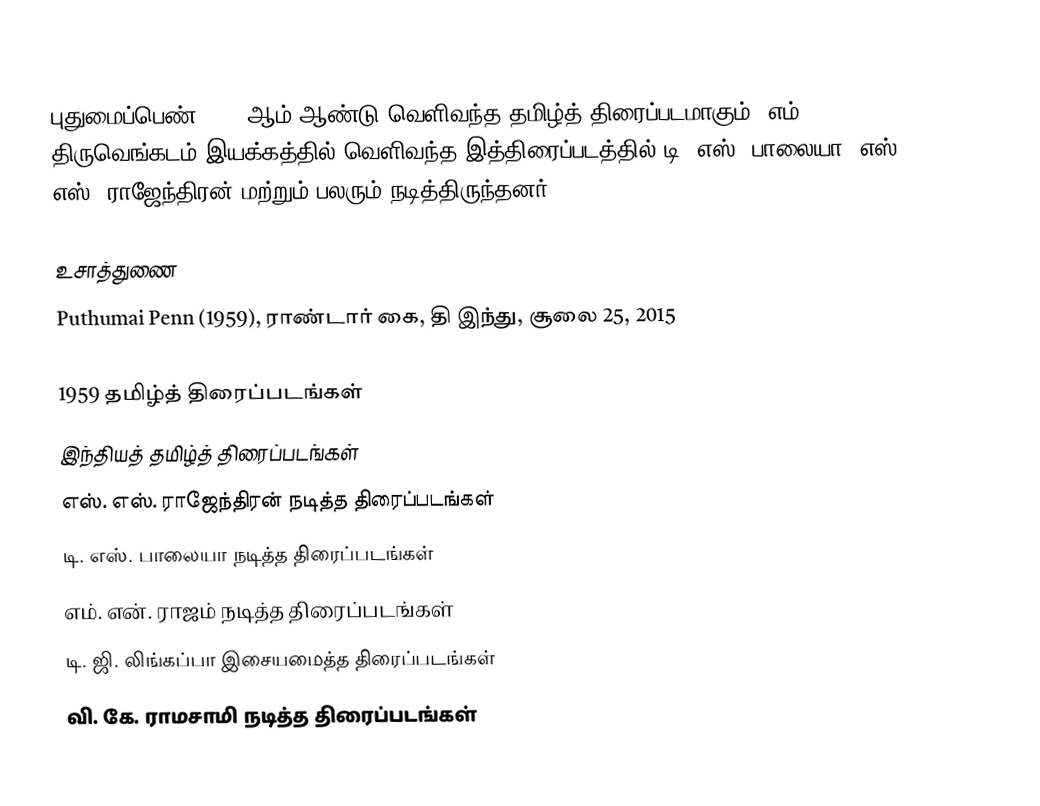
புதுமைப்பெண் 1959 ஆம் ஆண்டு வெளிவந்த தமிழ்த் திரைப்படமாகும். எம். திருவெங்கடம் இயக்கத்தில் வெளிவந்த இத்திரைப்படத்தில் டி. எஸ். பாலையா, எஸ். எஸ். ராஜேந்திரன் மற்றும் பலரும் நடித்திருந்தனர்.

உசாத்துணை
Puthumai Penn (1959), ராண்டார் கை, தி இந்து, சூலை 25, 2015

1959 தமிழ்த் திரைப்படங்கள்
இந்தியத் தமிழ்த் திரைப்படங்கள்
எஸ். எஸ். ராஜேந்திரன் நடித்த திரைப்படங்கள்
டி. எஸ். பாலையா நடித்த திரைப்படங்கள்
எம். என். ராஜம் நடித்த திரைப்படங்கள்
டி. ஜி. லிங்கப்பா இசையமைத்த திரைப்படங்கள்
வி. கே. ராமசாமி நடித்த திரைப்படங்கள்